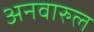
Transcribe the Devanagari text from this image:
अनवारुल